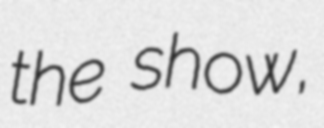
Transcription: the show,